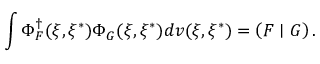
\int \Phi _ { F } ^ { \dagger } ( \xi , \xi ^ { * } ) \Phi _ { G } ( \xi , \xi ^ { * } ) d v ( \xi , \xi ^ { * } ) = \left( F \mid G \right) .